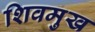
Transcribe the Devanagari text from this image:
शिवमुख